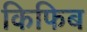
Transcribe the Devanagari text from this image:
किफिब